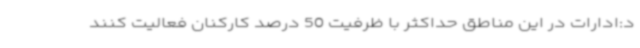
د:ادارات در این مناطق حداکثر با ظرفیت 50 درصد کارکنان فعالیت کنند